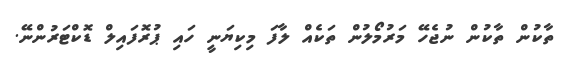
ތާކުން ތާކުން ނުޖެހޭ މަރުމޯލުން ތަކެއް ލާފަ މިކިޔަނީ ހައި ޕުރޮފައިލް ޑޮކްޓަރުންނޭ.